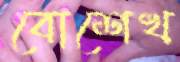
বোশেখ